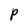
Character: P